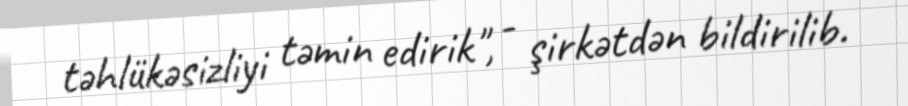
təhlükəsizliyi təmin edirik", - şirkətdən bildirilib.